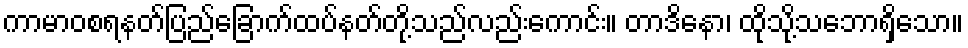
ကာမာဝစရနတ်ပြည်ခြောက်ထပ်နတ်တို့သည်လည်းကောင်း။ တာဒိနော၊ ထိုသို့သဘောရှိသော။